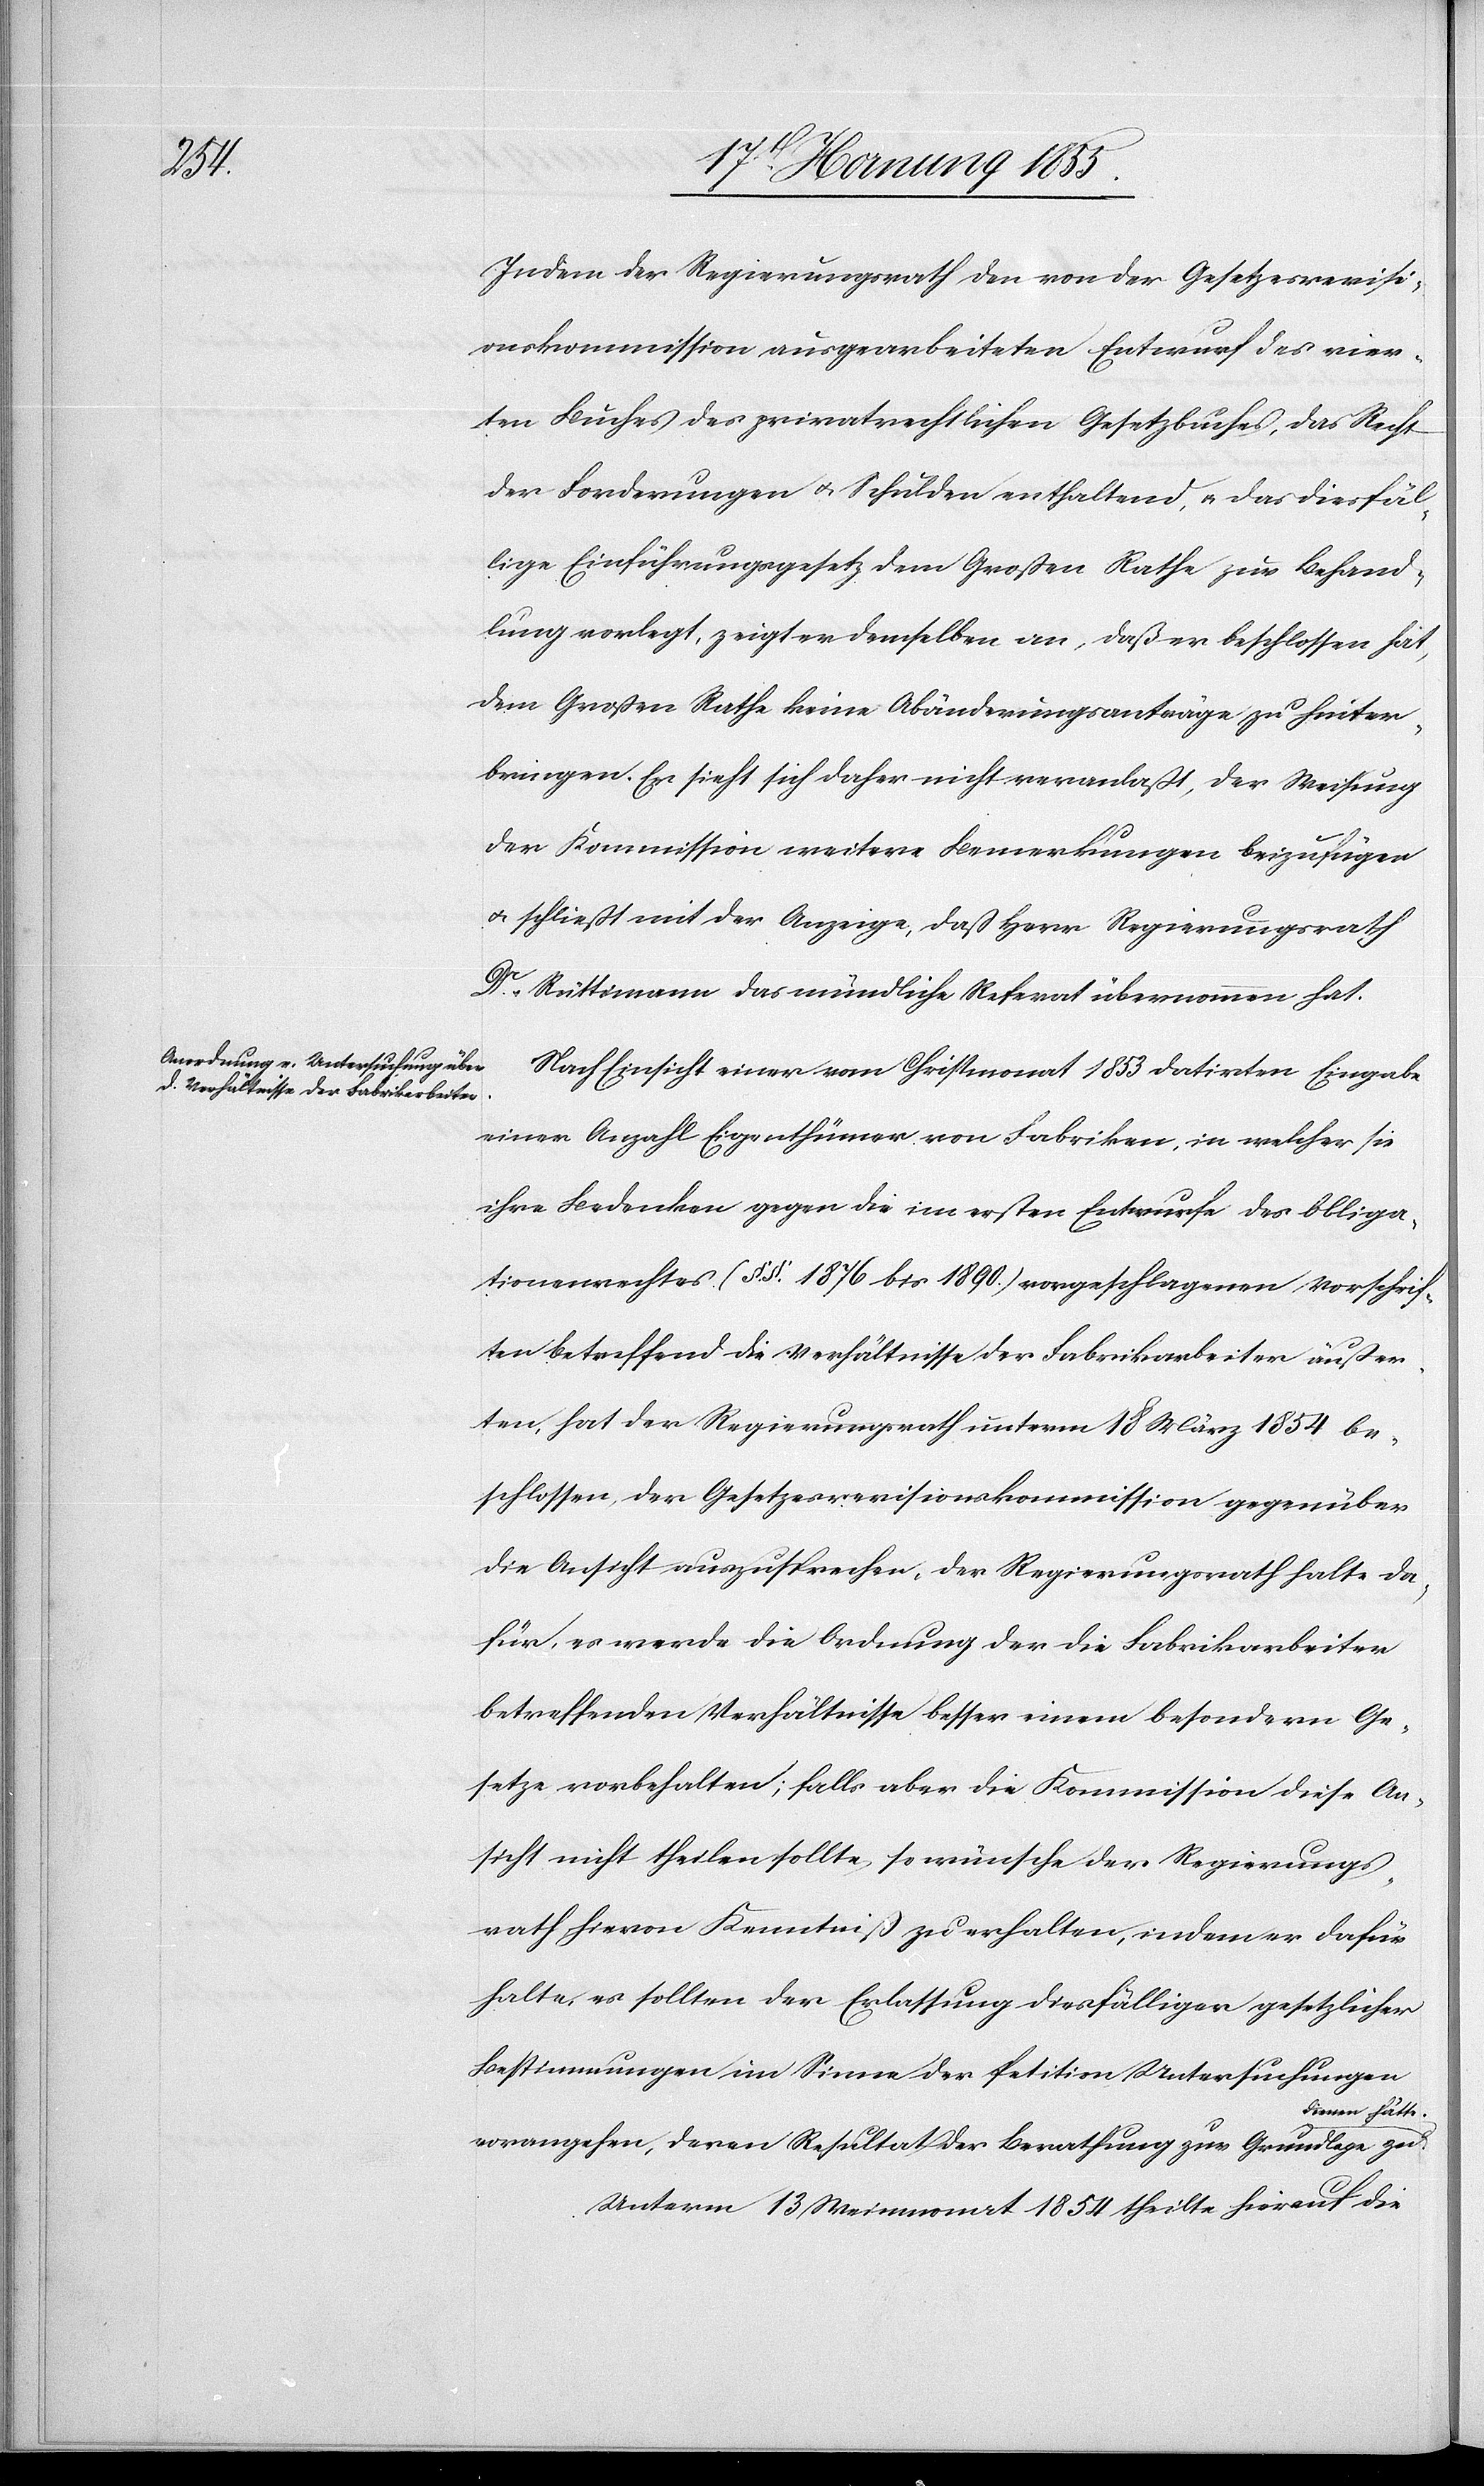
Indem der Regierungsrath den von der Gesetzesrevisi¬
onskommission ausgearbeiteten Entwurf des vier¬
ten Buches des privatrechtlichen Gesetzbuches, das Recht
der Forderungen & Schulden enthaltend, & das diesfäl¬
lige Einführungsgesetz dem Großen Rathe zur Behand¬
lung vorlegt, zeigt er demselben an, daß er beschlossen hat,
dem Großen Rathe keine Abänderungsanträge zu hinter¬
bringen. Er sieht sich daher nicht veranlaßt, der Weisung
der Kommission weitere Bemerkungen beizufügen
& schließt mit der Anzeige, daß Herr Regierungsrath
Dr. Rüttimann das mündliche Referat übernommen hat.
Nach Einsicht einer vom Christmonat 1853 datirten Eingabe
einer Anzahl Eigenthümer von Fabriken, in welcher sie
ihre Bedenken gegen die im ersten Entwurfe des Obliga¬
tionenrechtes (§.§. 1876 bis 1890.) vorgeschlagenen Vorschrif¬
ten betreffend die Verhältnisse der Fabrikarbeiter äußer¬
ten, hat der Regierungsrath unterm 18 März 1854 be¬
schlossen, der Gesetzesrevisionskommission gegenüber
die Ansicht auszusprechen, der Regierungsrath halte da¬
für, es werde die Ordnung der die Fabrikarbeiter
betreffenden Verhältnisse besser einem besondern Ge¬
setze vorbehalten; falls aber die Kommission diese An¬
sicht nicht theilen sollte, so wünsche der Regierungs¬
rath hievon Kenntniß zu erhalten, indem er dafür
halte, es sollten der Erlassung diesfälliger gesetzlicher
Bestimmungen im Sinne der Petition Untersuchungen
dienen hätte.
vorangehen, deren Resultat der Berathung zur Grundlage zu
Unterm 13 Weinmonat 1854 theilte hierauf die